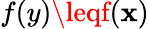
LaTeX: f(y)\leqf(\mathbf{x})